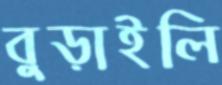
বুড়াইলি